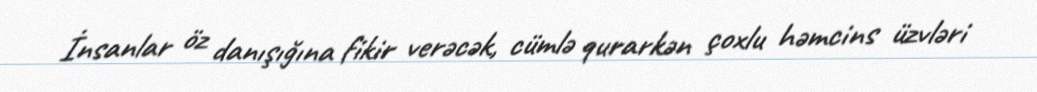
İnsanlar öz danışığına fikir verəcək, cümlə qurarkən çoxlu həmcins üzvləri